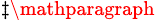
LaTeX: ^{\ddagger\mathparagraph}